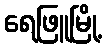
ရေဖြူမြို့